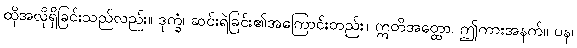
ထိုအလိုရှိခြင်းသည်လည်း။ ဒုက္ခံ၊ ဆင်းရဲခြင်း၏အကြောင်းတည်း။ ဣတိအတ္ထော၊ ဤကားအနက်။ ပန၊